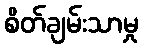
စိတ်ချမ်းသာမှု